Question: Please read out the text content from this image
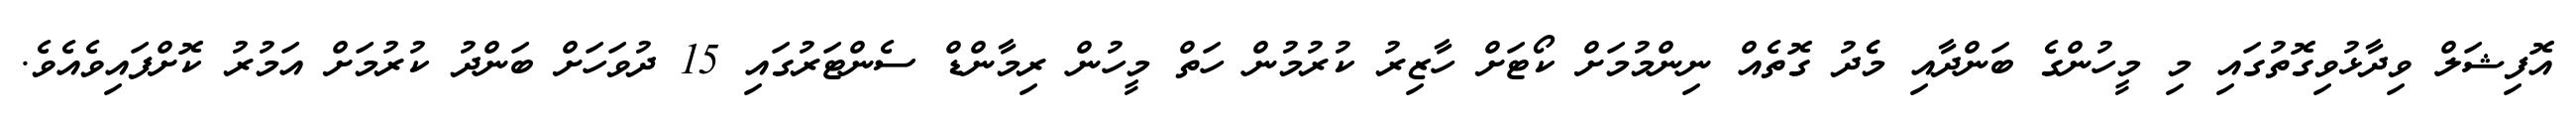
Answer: އޮފިޝަލް ވިދާޅުވިގޮތުގައި މި މީހުންގެ ބަންދާއި މެެދު ގޮތެއް ނިންމުމަށް ކޯޓަށް ހާޒިރު ކުރުމުން ހަތް މީހުން ރިމާންޑް ސެންޓަރުގައި 15 ދުވަހަށް ބަންދު ކުރުމަށް އަމުރު ކޮށްފައިވެއެވެ.